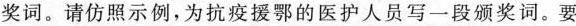
奖词。请仿照示例，为抗疫援鄂的医护人员写一段颁奖词。要